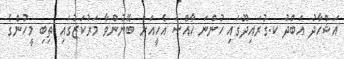
އަޝްހާދު އަބްދު ކ.ގުރައިދޫގައި ހުންނަ ހާއްސަ އެހީއަށް ބޭނުންވާ މަރުކަޒުގައި ތިބި މީހުންގެ